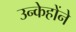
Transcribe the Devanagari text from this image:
उन्केहोंने